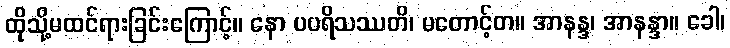
ထိုသို့မထင်ရားခြင်းကြောင့်။ နော ပပရိသဿတိ၊ မတောင့်တ။ အာနန္ဒ၊ အာနန္ဒာ။ ခေါ၊